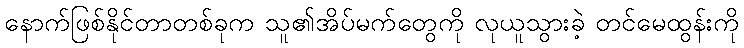
နောက်ဖြစ်နိုင်တာတစ်ခုက သူ၏အိပ်မက်တွေကို လုယူသွားခဲ့ တင်မေထွန်းကို